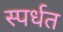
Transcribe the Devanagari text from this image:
स्पर्धत